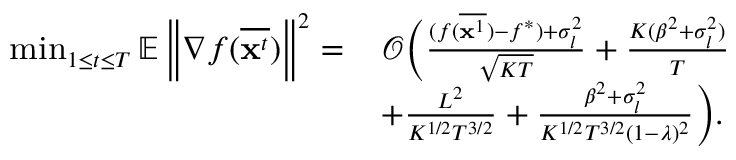
\small \begin{array} { r l } { \operatorname* { m i n } _ { 1 \le t \le T } \mathbb { E } \left\| \nabla f ( \overline { { \mathbf { x } ^ { t } } } ) \right\| ^ { 2 } = } & { \mathcal { O } \Big ( \frac { ( f ( \overline { { { \bf x } ^ { 1 } } } ) - f ^ { * } ) + \sigma _ { l } ^ { 2 } } { \sqrt { K T } } + \frac { K ( \beta ^ { 2 } + \sigma _ { l } ^ { 2 } ) } { T } } \\ & { + \frac { L ^ { 2 } } { K ^ { 1 / 2 } T ^ { 3 / 2 } } + \frac { \beta ^ { 2 } + \sigma _ { l } ^ { 2 } } { K ^ { 1 / 2 } T ^ { 3 / 2 } ( 1 - \lambda ) ^ { 2 } } \Big ) . } \end{array}